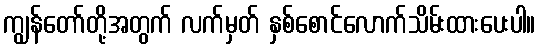
ကျွန်တော်တို့အတွက် လက်မှတ် နှစ်စောင်လောက်သိမ်းထားပေးပါ။